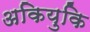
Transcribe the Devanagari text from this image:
अकियुकि